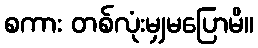
စကား တစ်လုံးမျှမပြောမိ။